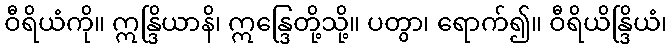
ဝီရိယံကို။ ဣန္ဒြိယာနိ၊ ဣန္ဒြေတို့သို့။ ပတွာ၊ ရောက်၍။ ဝီရိယိန္ဒြိယံ၊